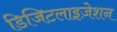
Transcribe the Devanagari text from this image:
डिजिटलाइज़ेशन